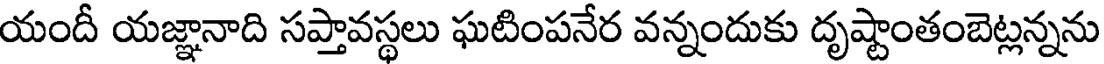
యందీ యజ్ఞానాది సప్తావస్థలు ఘటింపనేర వన్నందుకు దృష్టాంతంబెట్లన్నను